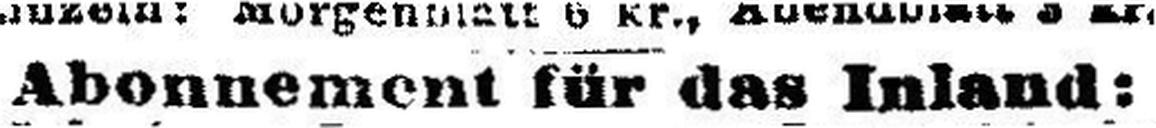
Abonnement für das Inland: